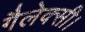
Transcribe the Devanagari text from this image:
गैलेक्सी।